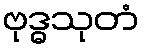
ဗုဒ္ဓသုတံ